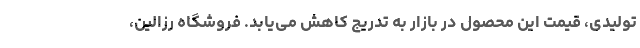
تولیدی، قیمت این محصول در بازار به تدریج کاهش می‌یابد. فروشگاه رزالین،